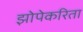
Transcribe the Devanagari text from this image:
झोपेकरिता